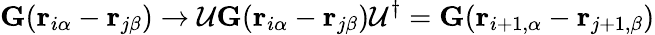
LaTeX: {\mathbf G}({\mathbf r}_{i\alpha}-{\mathbf r}_{j\beta})\rightarrow\mathcal{U}{\mathbf G}({\mathbf r}_{i\alpha}-{\mathbf r}_{j\beta})\mathcal{U}^{\dagger}={\mathbf G}({\mathbf r}_{i+1,\alpha}-{\mathbf r}_{j+1,\beta})